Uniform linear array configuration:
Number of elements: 8
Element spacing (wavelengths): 1
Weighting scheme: hann
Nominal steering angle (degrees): -45
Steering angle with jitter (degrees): -44.191
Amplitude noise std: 0.05
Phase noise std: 0.05

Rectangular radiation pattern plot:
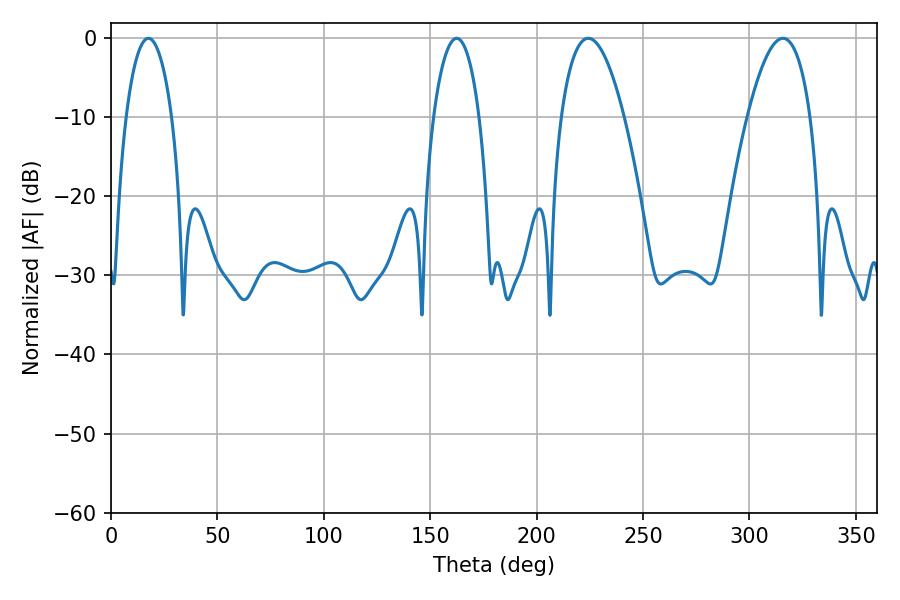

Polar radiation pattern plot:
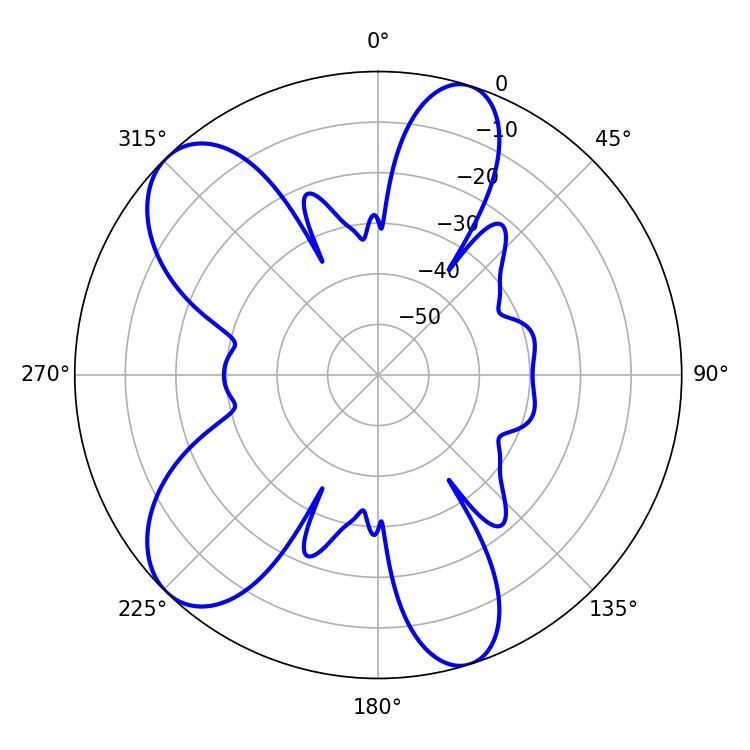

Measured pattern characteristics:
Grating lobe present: TRUE
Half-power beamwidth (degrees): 16.38
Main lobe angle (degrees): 224.28